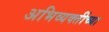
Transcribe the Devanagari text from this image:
अभिव्यक्तींच्या